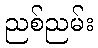
ညစ်ညမ်း